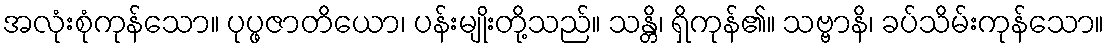
အလုံးစုံကုန်သော။ ပုပ္ဖဇာတိယော၊ ပန်းမျိုးတို့သည်။ သန္တိ၊ ရှိကုန်၏။ သဗ္ဗာနိ၊ ခပ်သိမ်းကုန်သော။